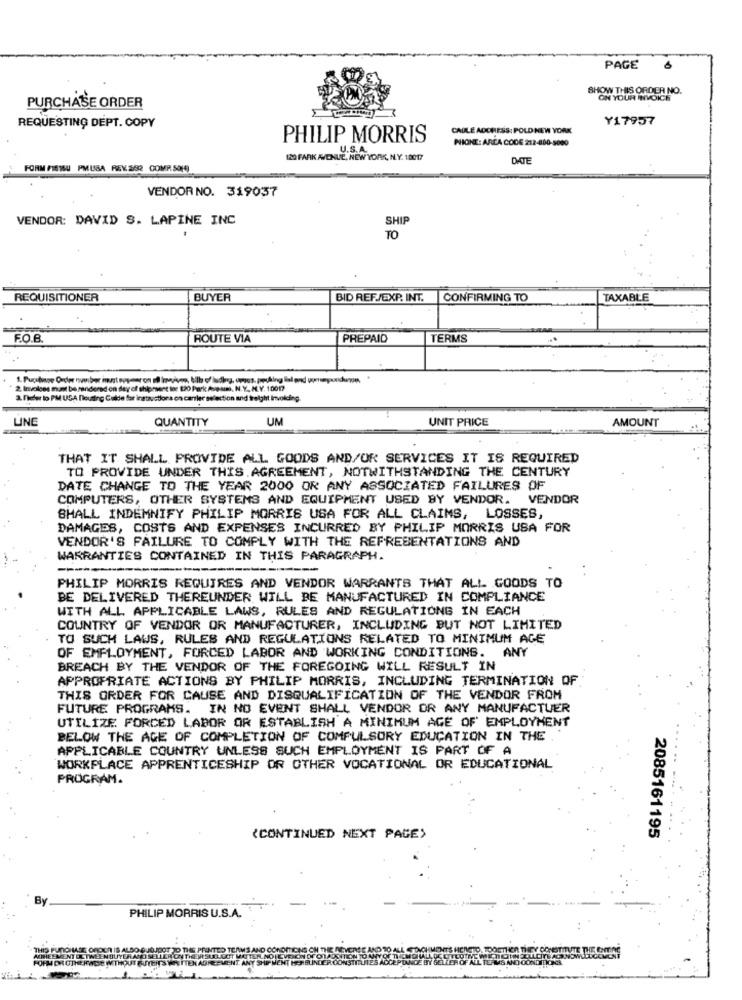
PAGE
SHOW THIS ORDER NO.
ON YOUR INVOICE
PURCHASE ORDER
Y17957
REQUESTING DEPT. COPY
CAULE AOCHESS: POLD NEW YORK
PHILIP MORRIS
PHIOKT: AREA CODE 212-400-5000
U.S.A.
120 FARK AVENUE, NEW YORK, NY. 10017
DATE
FORM FISISU PMUSA REV 282 COMP SOM)
VENDOR NO. 319037
VENDOR: DAVID S. LAPINE INC
SHIP
TO
REQUISITIONER
BUYER
BID REF./EXP. INT.
CONFIRMING TO
TAXABLE
F.O.B.
ROUTE VIA
PREPAID
TERMS
2 Invoices must be rendered on day of shipment ine 120 Park Avessi, N. Y. M.V. 10017
a. fefer to PM USA flouting Guide for instructions on carsler selection and freight Invoicing.
LINE
QUANTITY
UM
UNIT PRICE
AMOUNT
THAT IT SHALL PROVIDE ALL GOODS AND/OR SERVICES IT IS REQUIRED
TO PROVIDE UNDER THIS AGREEMENT, NOTWITHSTANDING THE CENTURY
DATE CHANGE TO THE YEAR 2000 OR ANY ASSOCIATED FAILURES OF
COMPUTERS, OTHER SYSTEMS AND EQUIPMENT USED BY VENDOR. VENDOR
SHALL INDEMNIFY PHILIP MORRIS USA FOR ALL CLAIMS, LOSSES,
DAMAGES, COSTS AND EXPENSES INCURRED BY PHILIP MORRIS USA FOR
VENDOR'S FAILURE TO COMPLY WITH THE REPRESENTATIONS AND
WARRANTIES CONTAINED IN THIS PARAGRAPH.
--
PHILIP MORRIS REQUIRES AND VENDOR WARRANTS THAT ALL GOODS TO
BE DELIVERED THEREUNDER WILL BE MANUFACTURED IN COMPLIANCE
WITH ALL APPLICABLE LAWS, RULES AND REGULATIONS IN EACH
COUNTRY OF VENDOR OR MANUFACTURER, INCLUDING BUT NOT LIMITED
TO SUCH LAWS, RULES AND REGULATIONS RELATED TO MINIMUM AGE
OF EMPLOYMENT, FORCED LABOR AND WORKING CONDITIONS. ANY
BREACH BY THE VENDOR OF THE FOREGOING WILL RESULT IN
APPROPRIATE ACTIONS BY PHILIP MORRIS, INCLUDING TERMINATION OF
THIS ORDER FOR CAUSE AND DISQUALIFICATION OF THE VENDOR FROM
FUTURE PROGRAMS. IN NO EVENT SHALL VENDOR OR ANY MANUFACTUER
UTILIZE FORCED LABOR OR ESTABLISH A MINIMUM AGE OF EMPLOYMENT
BELOW THE AGE OF COMPLETION OF COMPULSORY EDUCATION IN THE
APPLICABLE COUNTRY UNLESS SUCH EMPLOYMENT IS PART OF A
WORKPLACE APPRENTICESHIP OR OTHER VOCATIONAL OR EDUCATIONAL
PROGRAM.
2085161195
(CONTINUED NEXT PAGE>
PHILIP MORRIS U.S.A.